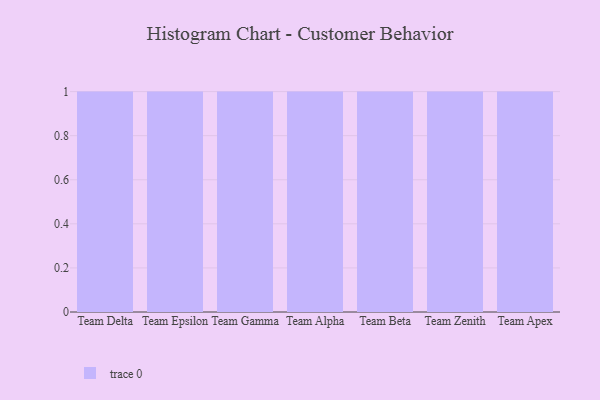
{"axis": {"x": "Team", "y": "Churn Rate (%)"}, "legend": [""], "data": [{"x": "Team Delta", "y": 57, "type": ""}, {"x": "Team Epsilon", "y": 64, "type": ""}, {"x": "Team Gamma", "y": 44, "type": ""}, {"x": "Team Alpha", "y": 5, "type": ""}, {"x": "Team Beta", "y": 62, "type": ""}, {"x": "Team Zenith", "y": 82, "type": ""}, {"x": "Team Apex", "y": 26, "type": ""}]}